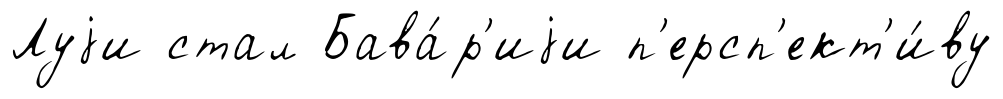
Луjи стал Бава́р'иjи п'ерсп'ект'и́ву